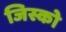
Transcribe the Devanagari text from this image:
जिस्को